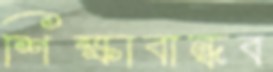
শিক্ষাবান্ধব